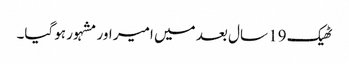
ٹھیک 19 سال بعد میں امیر اور مشہور ہوگیا۔